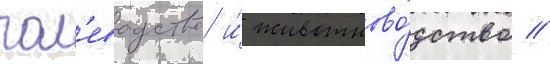
пол'еводство и́ животново́дство //